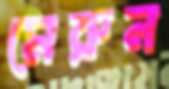
মেরুন